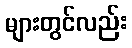
များတွင်လည်း